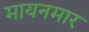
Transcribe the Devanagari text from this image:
मायनमार